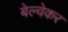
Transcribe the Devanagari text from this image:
बेल्वेकर